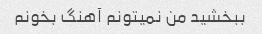
ببخشید من نمیتونم آهنگ بخونم